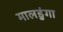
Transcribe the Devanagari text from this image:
मालडुंगा